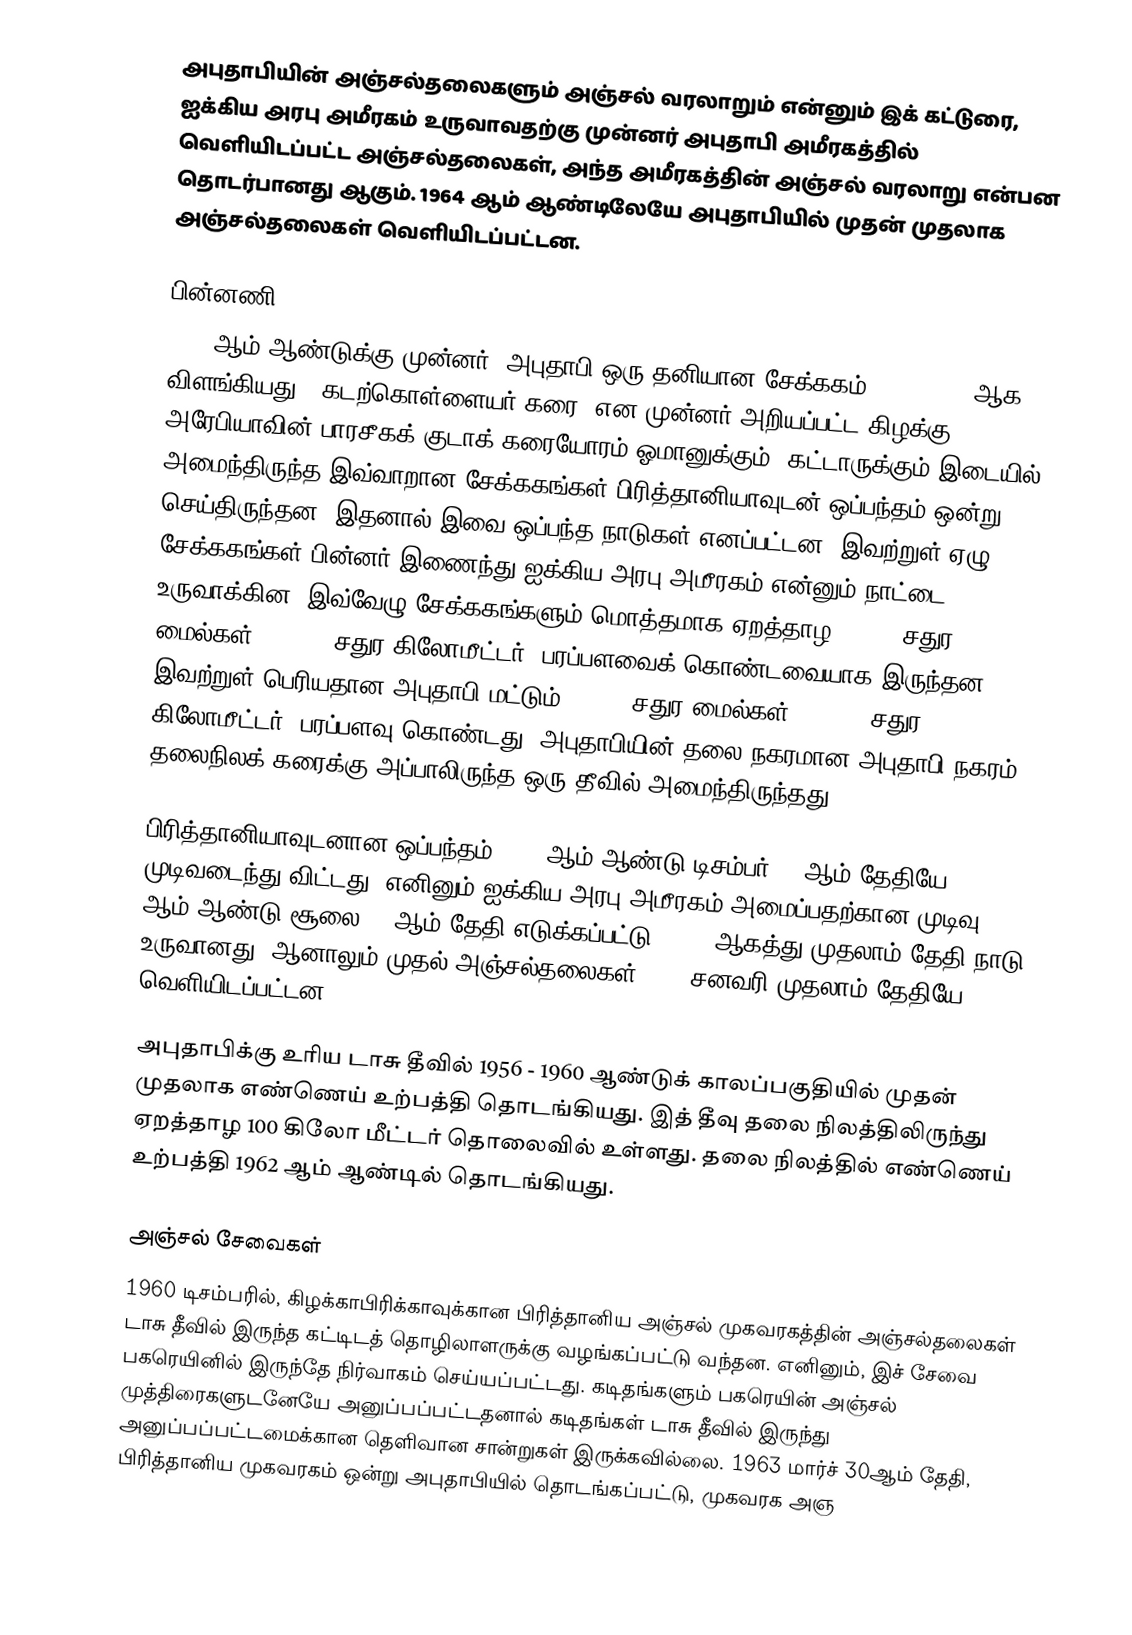
அபுதாபியின் அஞ்சல்தலைகளும் அஞ்சல் வரலாறும் என்னும் இக் கட்டுரை, ஐக்கிய அரபு அமீரகம் உருவாவதற்கு முன்னர் அபுதாபி அமீரகத்தில் வெளியிடப்பட்ட அஞ்சல்தலைகள், அந்த அமீரகத்தின் அஞ்சல் வரலாறு என்பன தொடர்பானது ஆகும். 1964 ஆம் ஆண்டிலேயே அபுதாபியில் முதன் முதலாக அஞ்சல்தலைகள் வெளியிடப்பட்டன.

பின்னணி
1972 ஆம் ஆண்டுக்கு முன்னர், அபுதாபி ஒரு தனியான சேக்ககம் (sheikdom) ஆக விளங்கியது. "கடற்கொள்ளையர் கரை" என முன்னர் அறியப்பட்ட கிழக்கு அரேபியாவின் பாரசீகக் குடாக் கரையோரம் ஓமானுக்கும், கட்டாருக்கும் இடையில் அமைந்திருந்த இவ்வாறான சேக்ககங்கள் பிரித்தானியாவுடன் ஒப்பந்தம் ஒன்று செய்திருந்தன. இதனால் இவை ஒப்பந்த நாடுகள் எனப்பட்டன. இவற்றுள் ஏழு சேக்ககங்கள் பின்னர் இணைந்து ஐக்கிய அரபு அமீரகம் என்னும் நாட்டை உருவாக்கின. இவ்வேழு சேக்ககங்களும் மொத்தமாக ஏறத்தாழ 32,000 சதுர மைல்கள் (83,000 சதுர கிலோமீட்டர்) பரப்பளவைக் கொண்டவையாக இருந்தன. இவற்றுள் பெரியதான அபுதாபி மட்டும் 26,000 சதுர மைல்கள் (67,000 சதுர கிலோமீட்டர்) பரப்பளவு கொண்டது. அபுதாபியின் தலை நகரமான அபுதாபி நகரம் தலைநிலக் கரைக்கு அப்பாலிருந்த ஒரு தீவில் அமைந்திருந்தது.

பிரித்தானியாவுடனான ஒப்பந்தம் 1966 ஆம் ஆண்டு டிசம்பர் 31 ஆம் தேதியே முடிவடைந்து விட்டது. எனினும் ஐக்கிய அரபு அமீரகம் அமைப்பதற்கான முடிவு 1971 ஆம் ஆண்டு சூலை 18 ஆம் தேதி எடுக்கப்பட்டு, 1972 ஆகத்து முதலாம் தேதி நாடு உருவானது. ஆனாலும் முதல் அஞ்சல்தலைகள் 1973 சனவரி முதலாம் தேதியே வெளியிடப்பட்டன.

அபுதாபிக்கு உரிய டாசு தீவில் 1956 - 1960 ஆண்டுக் காலப்பகுதியில் முதன் முதலாக எண்ணெய் உற்பத்தி தொடங்கியது. இத் தீவு தலை நிலத்திலிருந்து ஏறத்தாழ 100 கிலோ மீட்டர் தொலைவில் உள்ளது. தலை நிலத்தில் எண்ணெய் உற்பத்தி 1962 ஆம் ஆண்டில் தொடங்கியது.

அஞ்சல் சேவைகள்
1960 டிசம்பரில், கிழக்காபிரிக்காவுக்கான பிரித்தானிய அஞ்சல் முகவரகத்தின் அஞ்சல்தலைகள் டாசு தீவில் இருந்த கட்டிடத் தொழிலாளருக்கு வழங்கப்பட்டு வந்தன. எனினும், இச் சேவை பகரெயினில் இருந்தே நிர்வாகம் செய்யப்பட்டது. கடிதங்களும் பகரெயின் அஞ்சல் முத்திரைகளுடனேயே அனுப்பப்பட்டதனால் கடிதங்கள் டாசு தீவில் இருந்து அனுப்பப்பட்டமைக்கான தெளிவான சான்றுகள் இருக்கவில்லை. 1963 மார்ச் 30ஆம் தேதி, பிரித்தானிய முகவரகம் ஒன்று அபுதாபியில் தொடங்கப்பட்டு, முகவரக அஞ